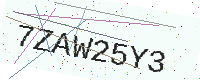
Text: 7ZAW25Y3